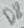
Text: D8